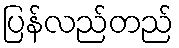
ပြန်လည်တည်